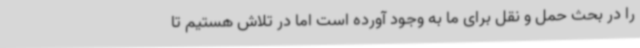
را در بحث حمل و نقل برای ما به وجود آورده است اما در تلاش هستیم تا